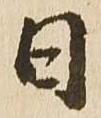
日